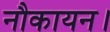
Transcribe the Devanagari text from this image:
नौकायन।